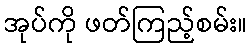
အုပ်ကို ဖတ်ကြည့်စမ်း။